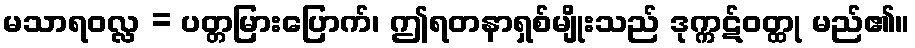
မသာရဝလ္လ = ပတ္တမြားပြောက်၊ ဤရတနာရှစ်မျိုးသည် ဒုက္ကဋ်ဝတ္ထု မည်၏။